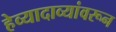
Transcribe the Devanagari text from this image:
हेव्यादाव्यांवरून